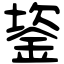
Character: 䤰